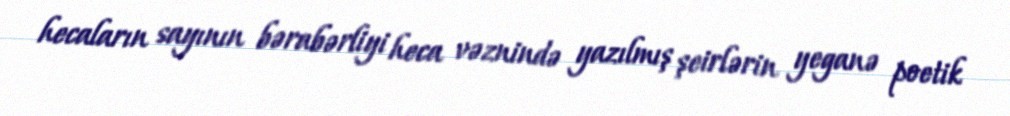
hecaların sayının bərabərliyi heca vəznində yazılmış şeirlərin yeganə poetik